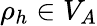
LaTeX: \rho_{h}\in V_{A}